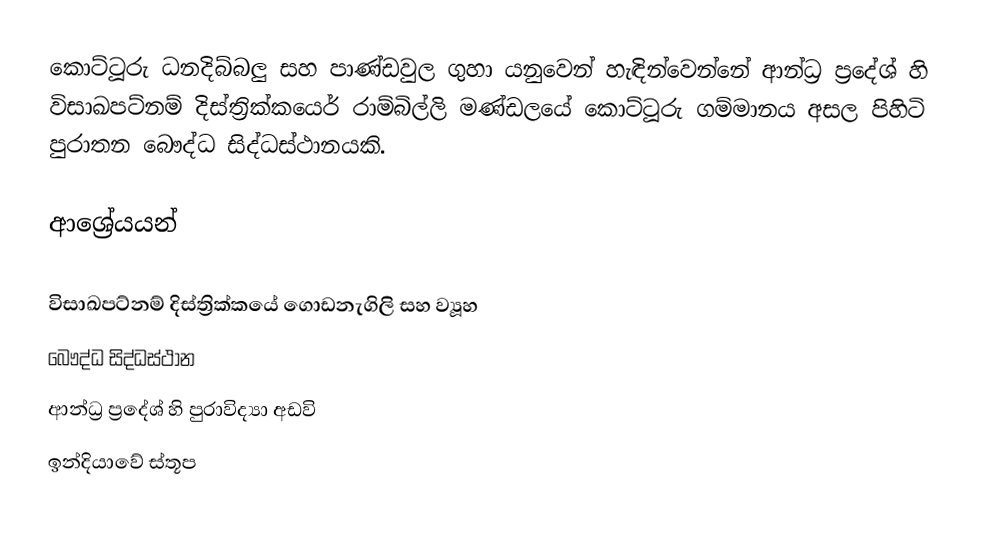
කොට්ටූරු ධනදිබ්බලු සහ පාණ්ඩවුල ගුහා යනුවෙන් හැඳින්වෙන්නේ ආන්ධ්‍ර ප්‍රදේශ් හි විසාඛපට්නම් දිස්ත්‍රික්කයෙර් රාම්බිල්ලි මණ්ඩලයේ කොට්ටූරු ගම්මානය අසල පිහිටි පුරාතන  බෞද්ධ සිද්ධස්ථානයකි.

ආශ්‍රේයයන්

විසාඛපට්නම් දිස්ත්‍රික්කයේ ගොඩනැගිලි සහ ව්‍යූහ
බෞද්ධ සිද්ධස්ථාන
ආන්ධ්‍ර ප්‍රදේශ් හි පුරාවිද්‍යා අඩවි
ඉන්දියාවේ ස්තූප